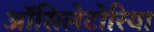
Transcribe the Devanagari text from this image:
ऑसिलेटोरिया